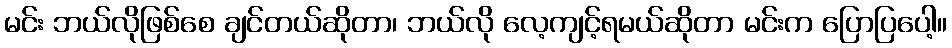
မင်း ဘယ်လိုဖြစ်စေ ချင်တယ်ဆိုတာ၊ ဘယ်လို လေ့ကျင့်ရမယ်ဆိုတာ မင်းက ပြောပြပေါ့။